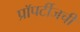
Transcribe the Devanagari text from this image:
प्रॉपर्टीजची